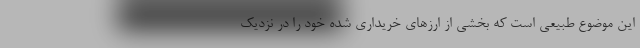
این موضوع طبیعی است که بخشی از ارزهای خریداری شده خود را در نزدیک